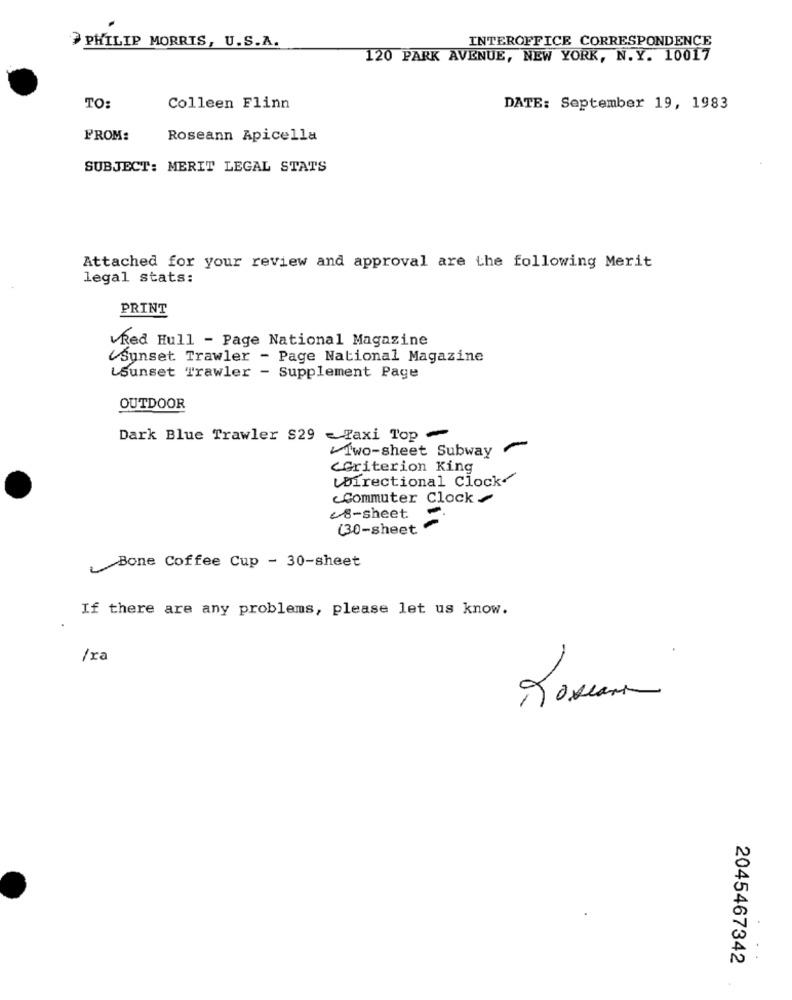
INTEROFFICE CORRESPONDENCE
PHILIP MORRIS, U.S.A.
120 PARK AVENUE, NEW YORK, N.Y. 10017
TO:
Colleen Flinn
DATE: September 19, 1983
FROM:
Roseann Apicella
SUBJECT: MERIT LEGAL STATS
Attached for your review and approval are the following Merit
legal stats:
PRINT
VRed Hull - Page National Magazine
Sunset Trawler - Page National Magazine
LSunset Trawler - Supplement Page
OUTDOOR
Dark Blue Trawler $29 - Faxi Top -
Two-sheet Subway
<Criterion King
Directional Clock-
Commuter Clock
-
28-sheet
(30-sheet
Bone Coffee Cup - 30-sheet
If there are any problems, please let us know.
/ra
Romans
2045467342